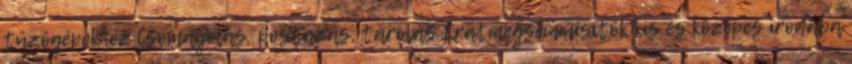
tűzőgépekhez Csomagolás, postázás, tárolás Iratmegsemmisítők kis és közepes irodába